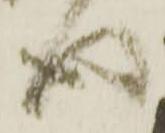
得